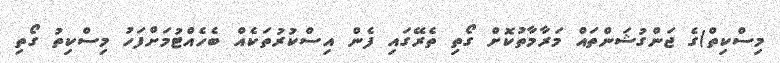
މިސްކިތް)ގެ ޖަންގުޝަންތައް މަރާމާތުކޮށް ގޯތި ތެރޭގައި ފެން އިސްކުރުތަކެއް ބެހެއްޓުމަށްފަހު މިސްކިތު ގޯތި